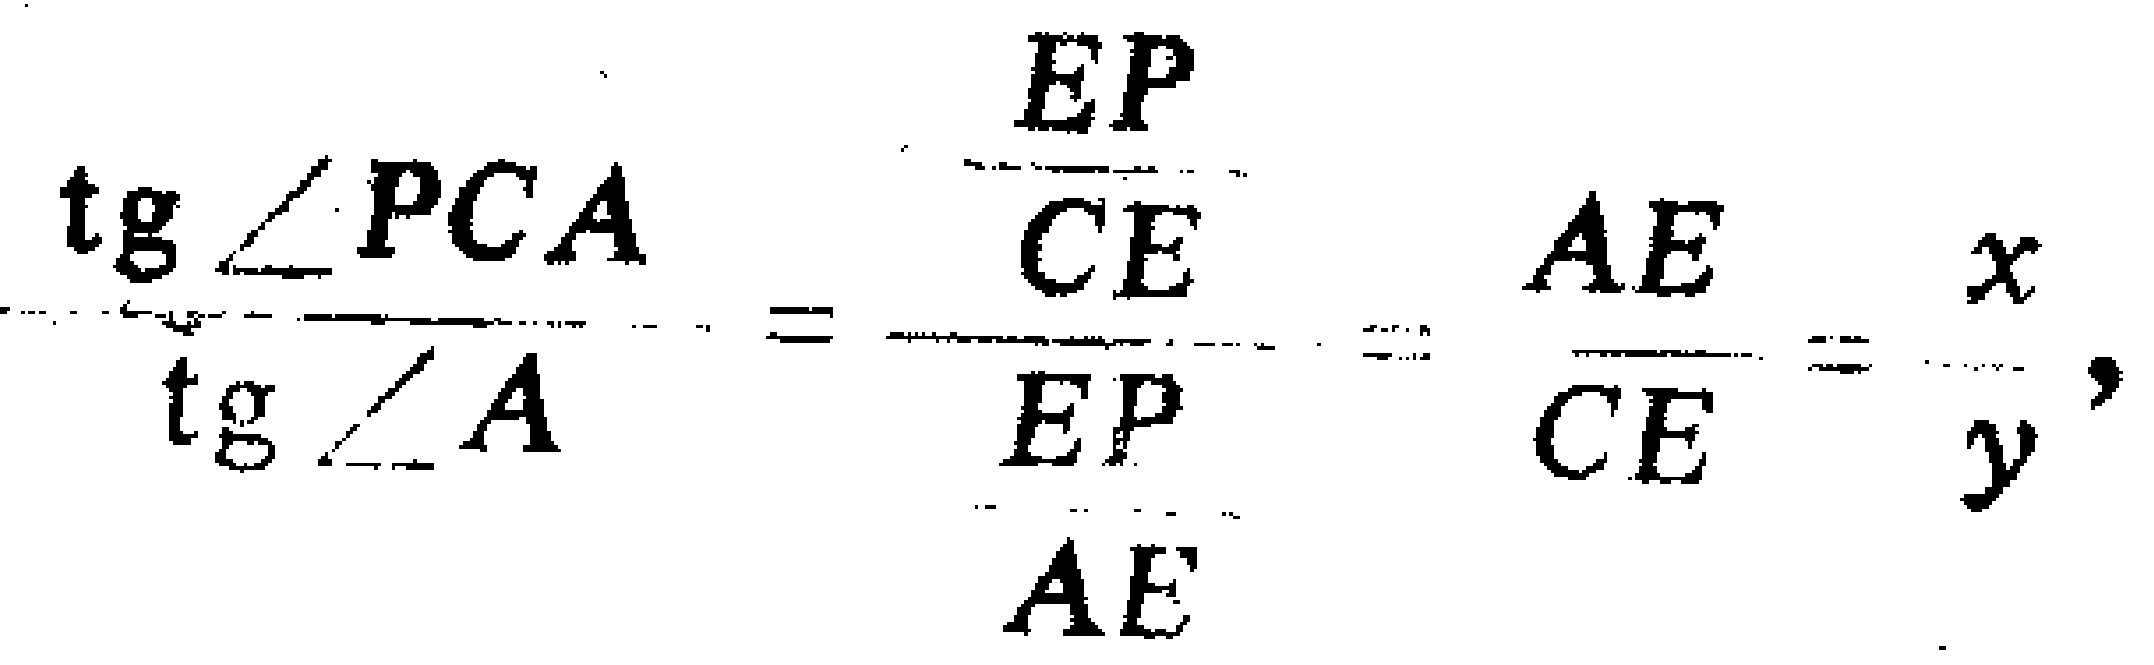
\[
\frac{\tg\angle PCA}{\tg\angle A}=\frac{\frac{EP}{CE}}{\frac{EP}{AE}}=\frac{AE}{CE}=\frac{x}{y},
\]